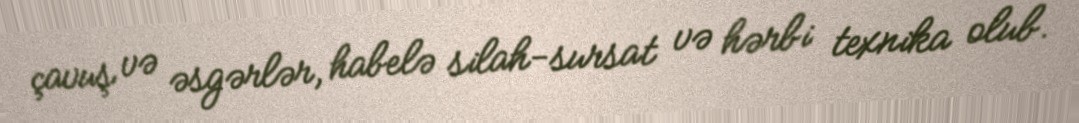
çavuş və əsgərlər, habelə silah-sursat və hərbi texnika olub.